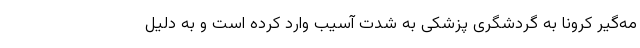
مه‌گیر کرونا به گردشگری پزشکی به شدت آسیب وارد کرده است و به دلیل